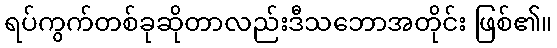
ရပ်ကွက်တစ်ခုဆိုတာလည်းဒီသဘောအတိုင်း ဖြစ်၏။